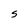
Character: S